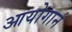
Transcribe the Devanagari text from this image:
आयोगानं